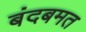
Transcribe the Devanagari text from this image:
बंदबमत